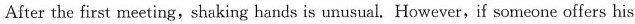
After the first meeting, shaking hands is unusual. However,if someone offers his